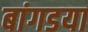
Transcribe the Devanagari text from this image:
बांगडया